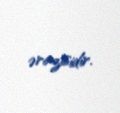
ərazisidir.